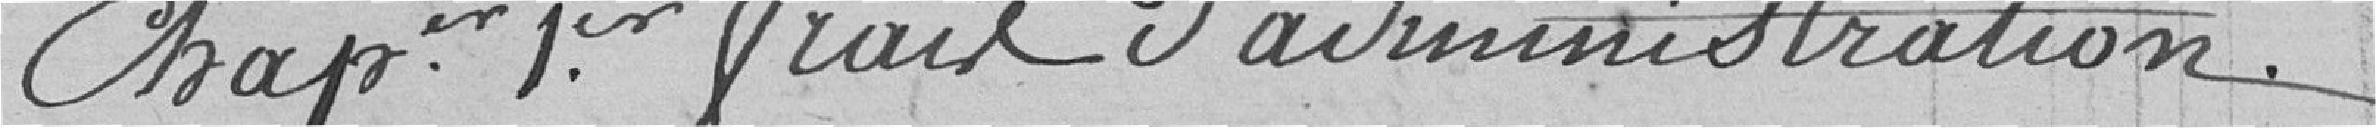
Chapitre 1er frais d'administration.